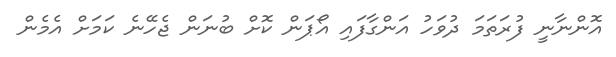
އޮންނާނީ ފުރަތަމަ ދުވަހު އަންގާފައި އޯޕަން ކޮށް ބުނަން ޖެހޭނެ ކަމަށް އެމެން